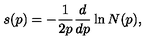
s ( p ) = - { \frac { 1 } { 2 p } } { \frac { d } { d p } } \ln N ( p ) ,